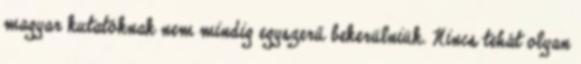
magyar kutatóknak nem mindig egyszerű bekerülniük. Nincs tehát olyan